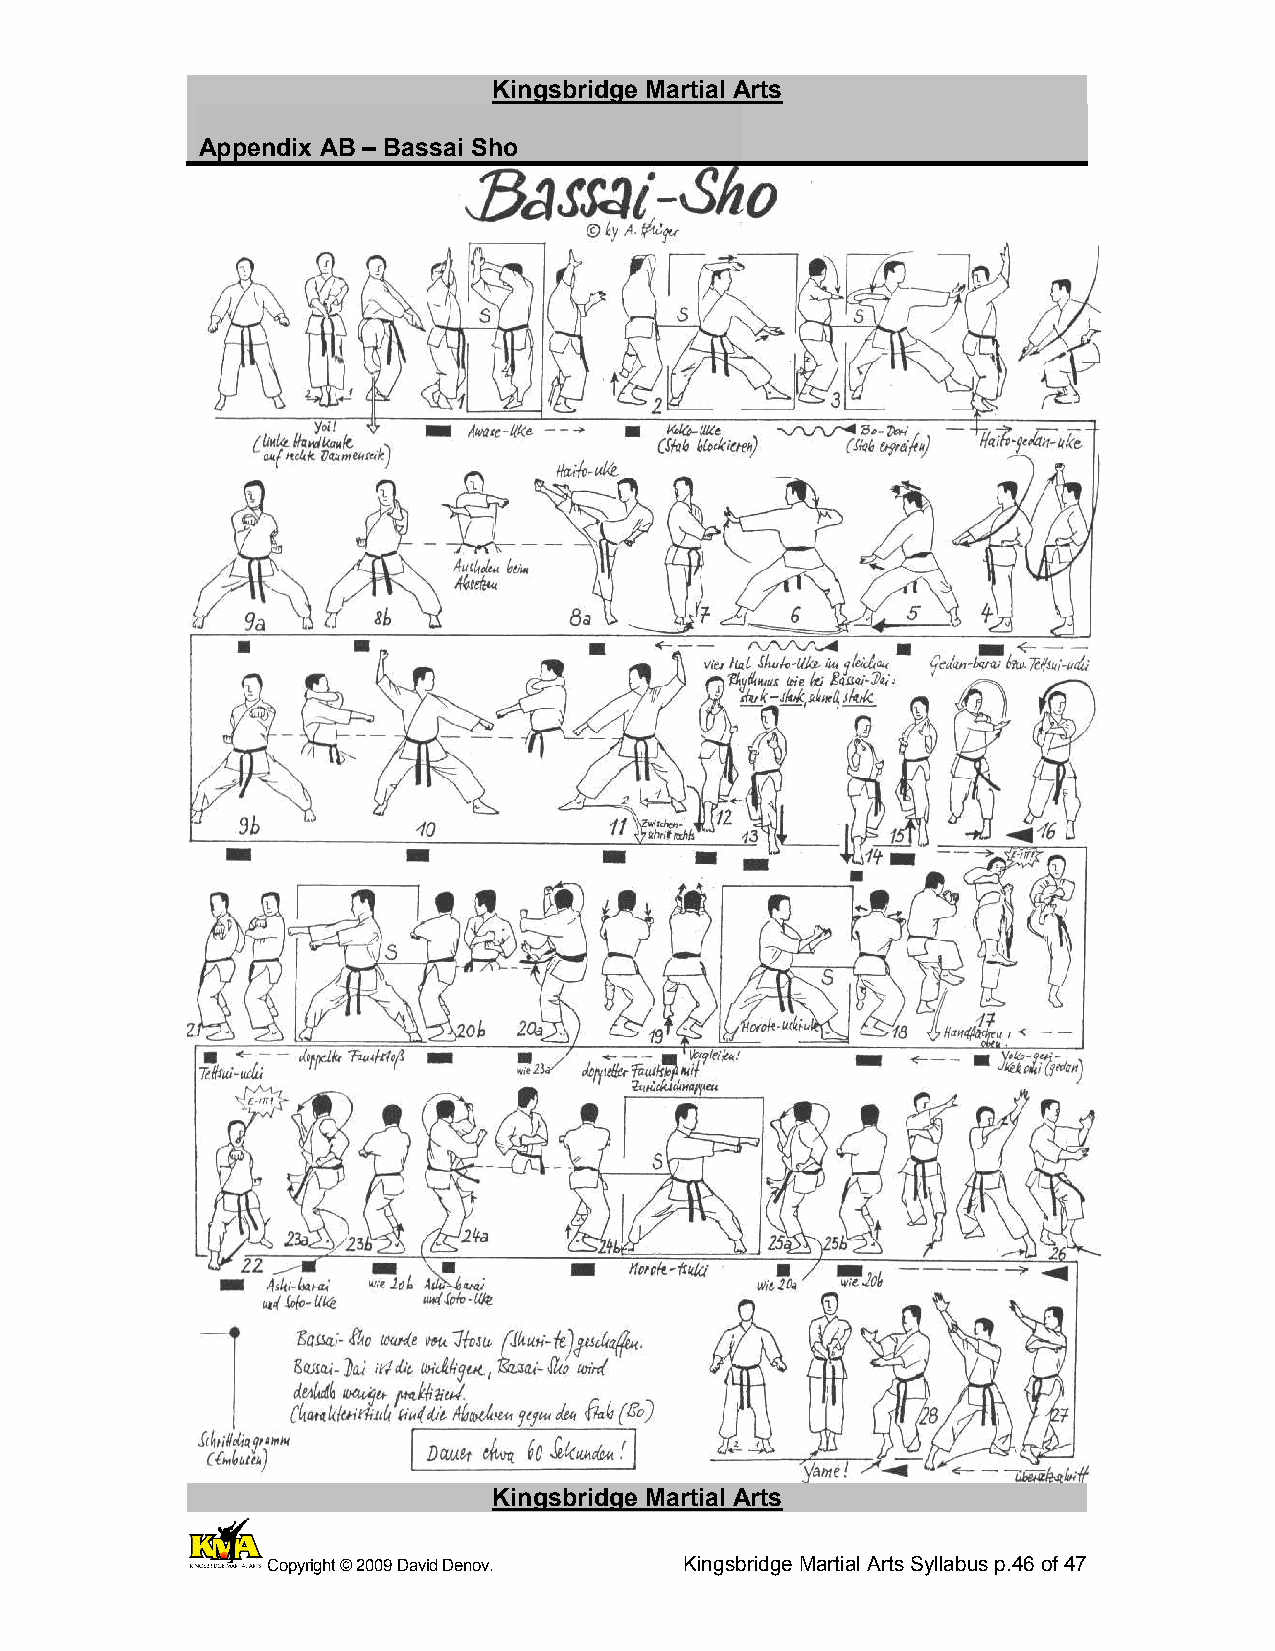
Kingsbridge Martial Arts
 Appendix AB – Bassai Sho
 Kingsbridge Martial Arts
 Copyright © 2009 David Denov. Kingsbridge Martial Arts Syllabus p.46 of 47